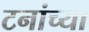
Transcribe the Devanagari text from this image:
टनांच्या